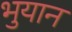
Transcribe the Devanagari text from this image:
भुयान